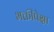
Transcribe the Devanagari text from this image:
भक्तीपेक्षा